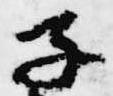
子